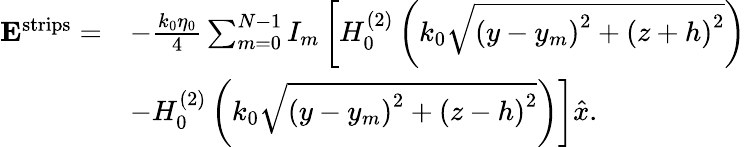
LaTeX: \begin{array}{rl}{\mathbf{E}^{\mathrm{strips}}=}&{-\frac{k_{0}\eta_{0}}{4}\sum_{m=0}^{N-1}I_{m}\left[H_{0}^{(2)}\left(k_{0}\sqrt{\left(y-y_{m}\right)^{2}+\left(z+h\right)^{2}}\right)\right.}\\ &{\left.-H_{0}^{(2)}\left(k_{0}\sqrt{\left(y-y_{m}\right)^{2}+\left(z-h\right)^{2}}\right)\right]\hat{x}.}\end{array}